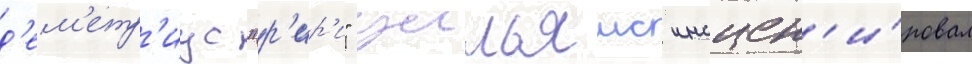
д'ем'етр'иус "р'ир'и" уильямс инсцен'и́ровал